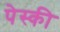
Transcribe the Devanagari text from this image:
पेस्की